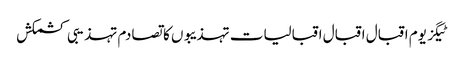
ٹیگز یوم اقبال اقبال اقبالیات تہذیبوں کا تصادم تہذیبی کشمکش